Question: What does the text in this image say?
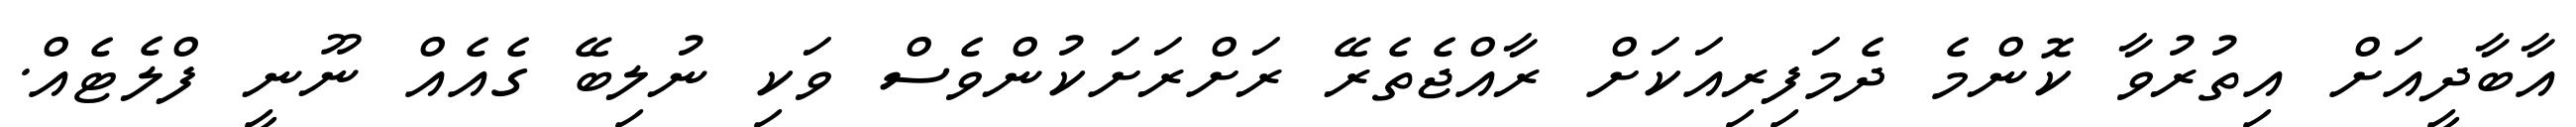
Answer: އާބާދީއަށް އިތުރުވާ ކޮންމެ ދެމަފިރިއަކަށް ރާއްޖެތެރޭ ރަށްރަށަކުންވެސް ވަކި ނުލިބޭ ގެއެއް ނޫނީ ފްލެޓެއް.